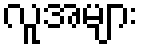
လူအများ